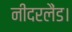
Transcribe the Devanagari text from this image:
नीदरलैंड।